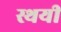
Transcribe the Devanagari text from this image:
स्थयी